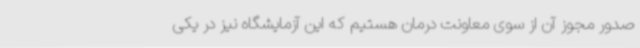
صدور مجوز آن از سوی معاونت درمان هستیم که این آزمایشگاه نیز در یکی